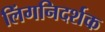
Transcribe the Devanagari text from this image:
लिंगनिदर्शक